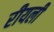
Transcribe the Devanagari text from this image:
रीयली